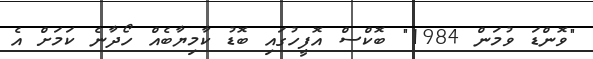
"ވޮންޑަ ވުމަން 1984" ބޮކްސް އޮފީހުގައި ބޮޑު ކާމިޔާބެއް ހޯދާނެ ކަމަށް އެ